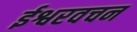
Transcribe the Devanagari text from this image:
ईश्वरवचन